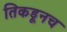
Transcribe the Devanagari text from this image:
तिकडूनच